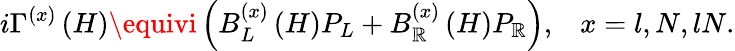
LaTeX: i\Gamma^{(x)}\left(H\right)\equivi\left(B_{L}^{(x)}\left(H\right)P_{L}+B_{\mathbb{R}}^{(x)}\left(H\right)P_{\mathbb{R}}\right),\; \; \; x=l,N,lN.